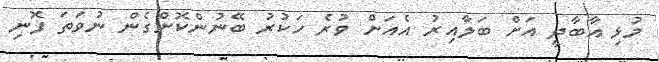
މުޅި އާބާދީ އަށް ބަލާއިރު އެއަށް ވުރެ ހަކުރު ބޭނުންކޮށްގެން ނުވަތަ ފޮނި